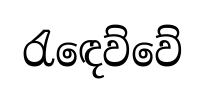
රැඳෙව්වේ